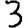
Digit: 3